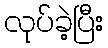
လုပ်ခဲ့ပြီး